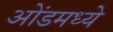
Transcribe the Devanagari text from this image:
ओंडमध्ये